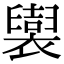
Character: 𧞜